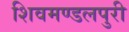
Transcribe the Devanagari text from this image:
शिवमण्डलपुरी